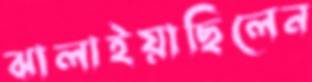
ঝালাইয়াছিলেন